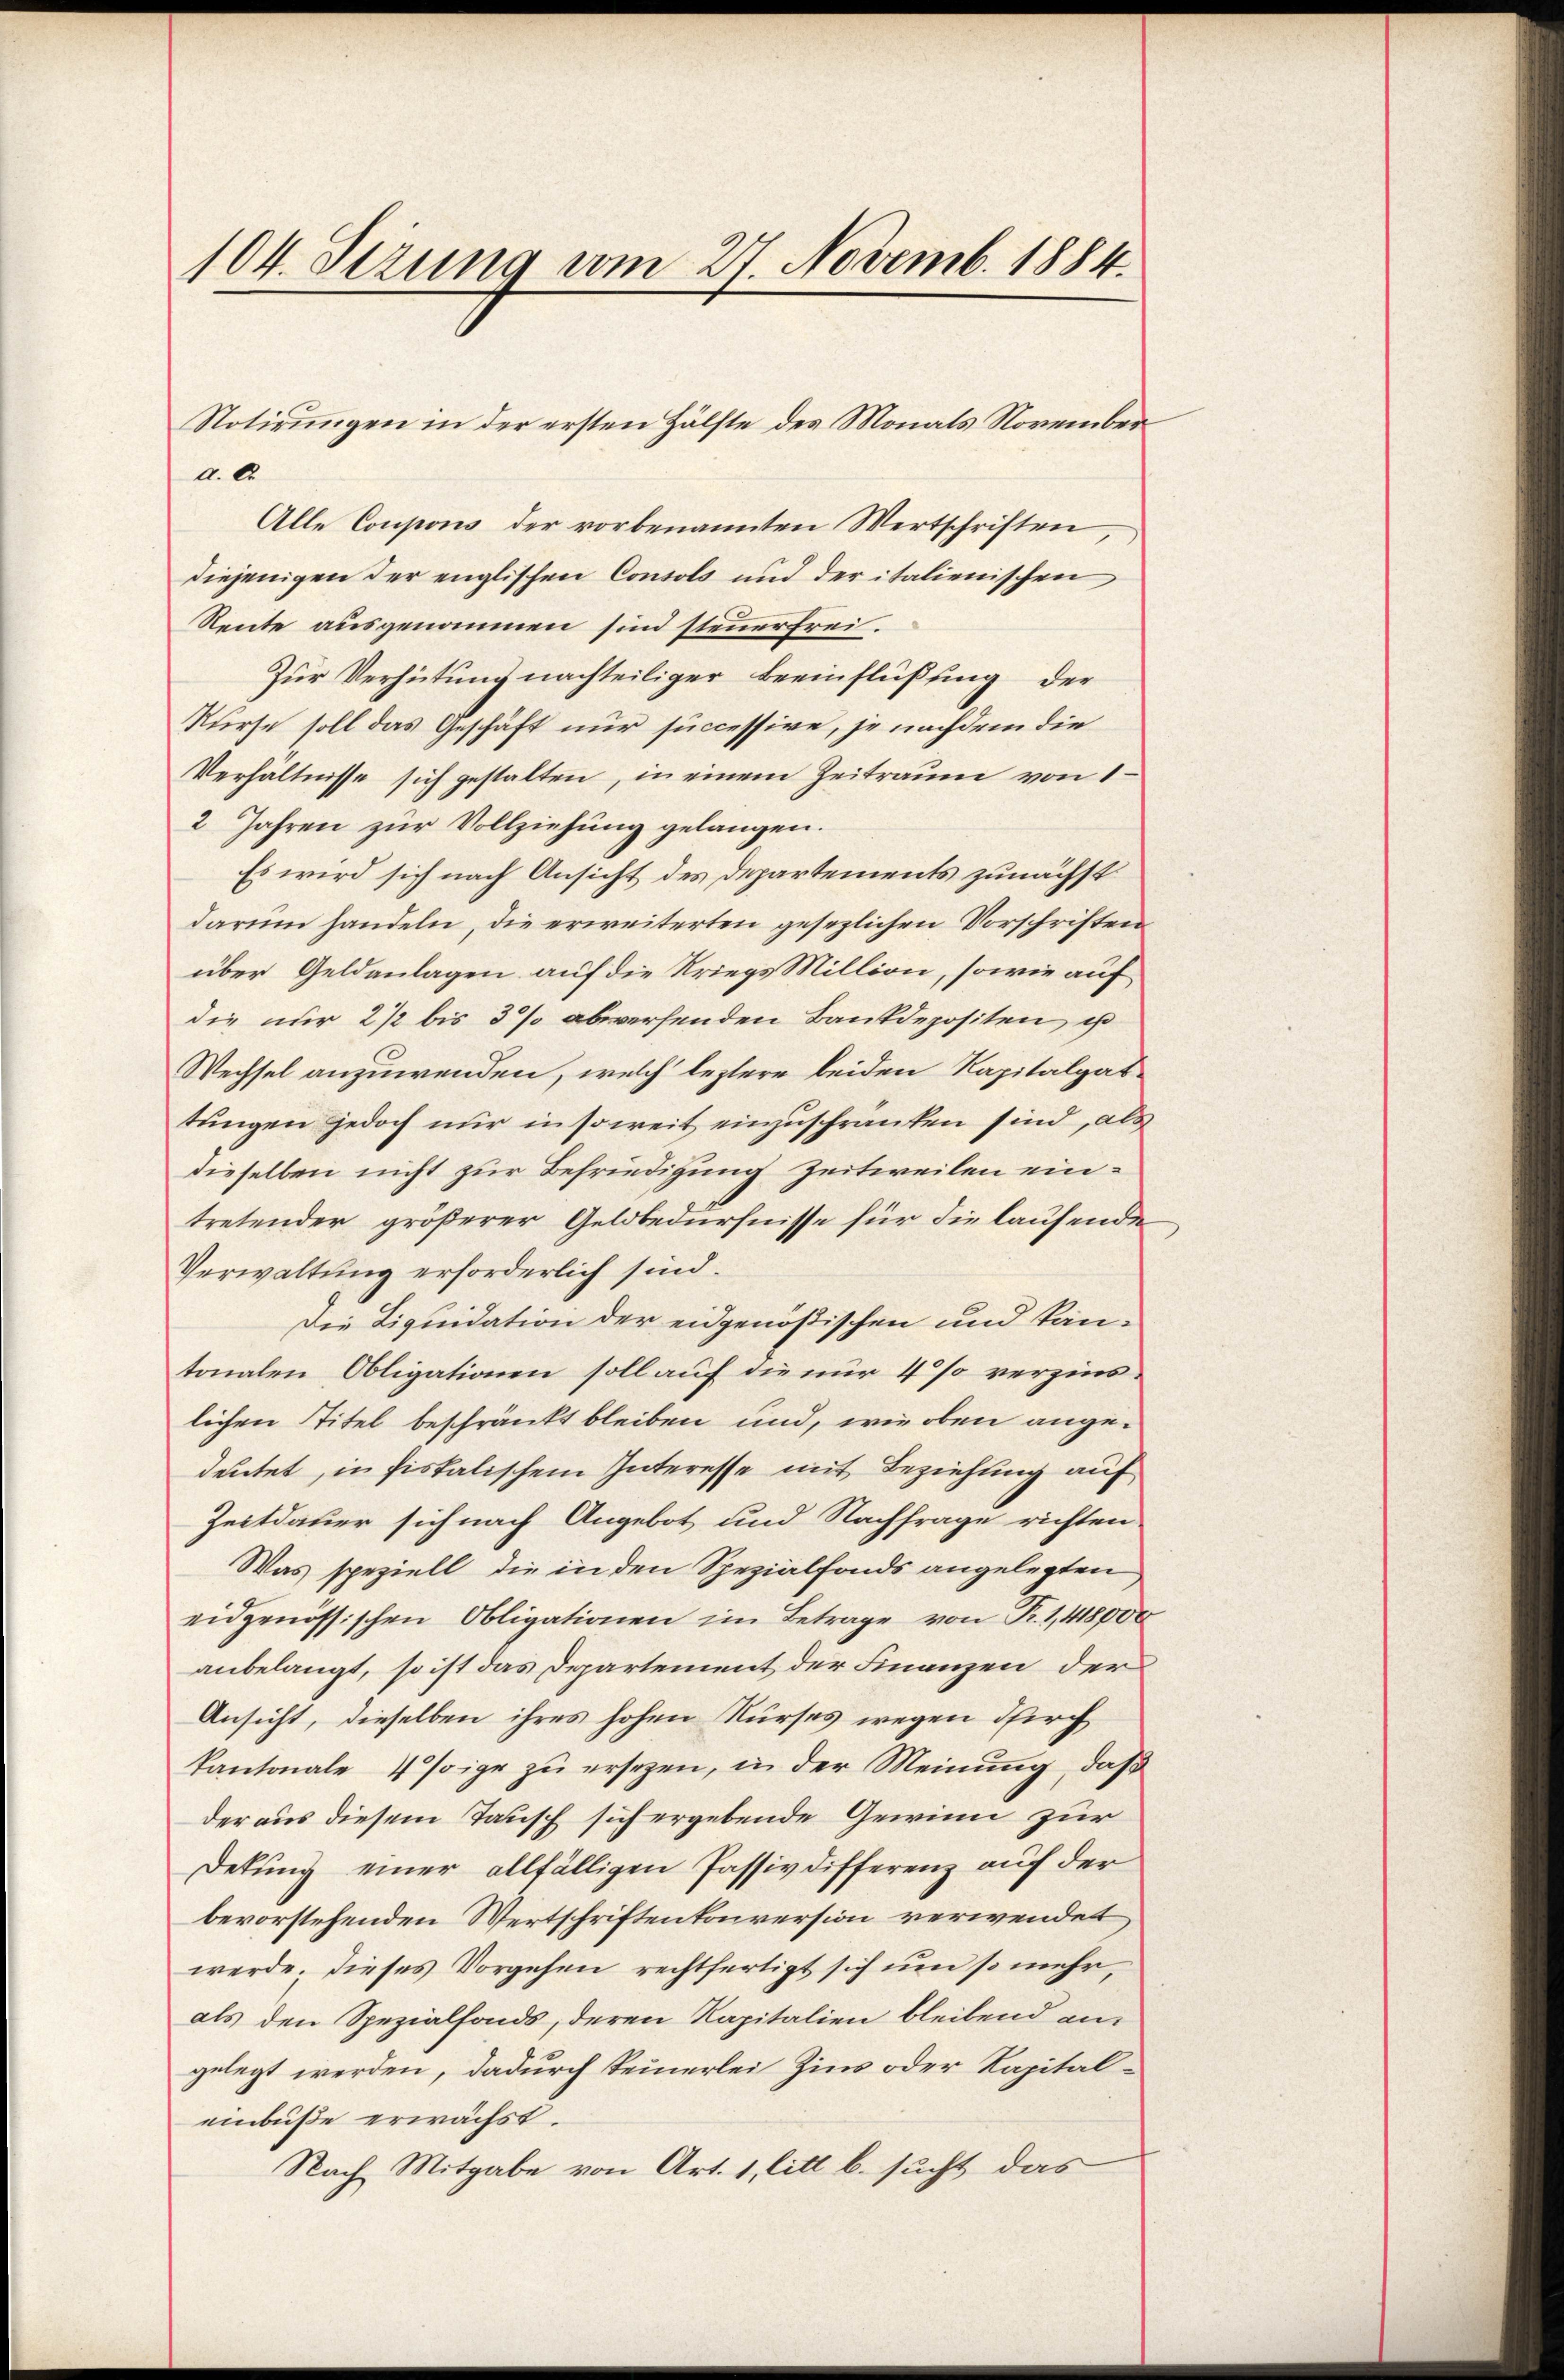
104. Sezung vom 27. Novemb. 1884.

a. 22.
Alle Coupons der vorbenannten Wertschriften
diejenigen der englischen Consols und der italienischen
Rente ausgenommen sind steuerfrei.
Zur Verhütung nachteiliger Beeinflüßung der
Kurse soll das Geschäft nur successive, je nachdem die
Verhältnisse sich gestalten, in einem Zeitraum von 1
2 Jahren zur Vollziehung gelangen.
Es wird sich nach Ansicht des Departements zunächst
darum handeln, die erweiterten gesezlichen Vorschriften
über Geldanlagen auf die Kriegs Million, sowie auf
die nur 2 1/2 bis 3% abwerfenden Bankdepositen, es
Wechsel anzuwenden, welch leztere beiden Kapitalgattungen jedoch nur in soweit einzuschränken sind, als
dieselben nicht zur Befriedigung zeitweilen eintretender größerer Geldbedürfnisse für die laufende
Verwaltung erforderlich sind.
Die Liquidation der eidgenößischen und kan-
tonalen Obligationen soll auf die nur 4 % verzinslichen Titel beschränkt bleiben und, wie oben angedeutet, in fiskalischem Interesse mit Beziehung auf
Zeitdauer sich nach Angebot und Nachfrage richten
Was speziell die in den Spezialfonds angelegten
eidgenössischen Obligationen im Betrage von Fr. 1,418,000
anbelangt, so ist das Departement der Finanzen der
Ansicht, dieselben ihres hohen Kurses wegen durch
kantonale 4 saige zŭ ersezen, in der Meinŭng, daβ
der aus diesem Tausch sich ergebende Gewinn zur
Dekŭng einer allfälligen Passiv differenz auf der
bevorstehenden Wertschriftenkonversion verwendet
werde. Dieses Vorgehen rechtfertigt sich um so mehr
als den Spezialfonds, deren Kapitalien bleibend an
gelegt werden, dadurch seinerlei Zins oder Kapitaleinbuße erwächst.
Nach Mitgabe von Art. 1, litt. b. sucht das

Notirungen in der ersten Hälfte des Monats November